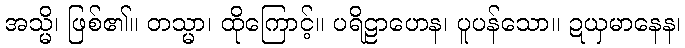
အသ္မိ၊ ဖြစ်၏။ တသ္မာ၊ ထိုကြောင့်။ ပရိဠာဟေန၊ ပူပန်သော။ ဍယှမာနေန၊